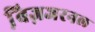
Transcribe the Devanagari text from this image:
बि़ज़जरनल